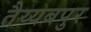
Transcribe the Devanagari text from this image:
तैय्यबपुर